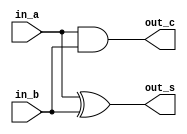
/* CSED273 lab4 experiment 1 */
/* lab4_1.v */


/* Implement Half Adder
 * You may use keword "assign" and bitwise operator
 * or just implement with gate-level modeling*/
module halfAdder(
    input in_a,
    input in_b,
    output out_s,
    output out_c
    );

    ////////////////////////
    assign out_s = in_a ^ in_b; // add without carry is equivalent to XOR
    assign out_c = in_a & in_b; // carry is 1 iff both A and B are 1
    ////////////////////////

endmodule

/* Implement Full Adder
 * You must use halfAdder module
 * You may use keword "assign" and bitwise operator
 * or just implement with gate-level modeling*/
module fullAdder(
    input in_a,
    input in_b,
    input in_c,
    output out_s,
    output out_c
    );

    ////////////////////////
    wire s_ab, c_ab; // wire for intermediate outputs
    halfAdder ha1(in_a, in_b, s_ab, c_ab); // first half adder
    wire ha2_carry; // wire for carry out of second half adder
    halfAdder ha2(s_ab, in_c, out_s, ha2_carry); // second half adder
    assign out_c = c_ab | ha2_carry; // carry out if one of the carry out of two half adders is one
    ////////////////////////

endmodule